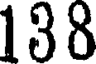
138